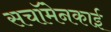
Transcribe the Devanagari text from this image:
सचॉमेनकाई